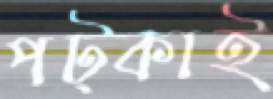
পট্‌কাই